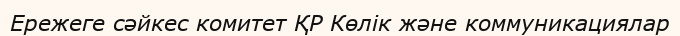
Ережеге сәйкес комитет ҚР Көлік және коммуникациялар